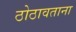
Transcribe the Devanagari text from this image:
ठोठावताना